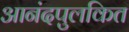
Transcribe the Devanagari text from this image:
आनंदपुलकित